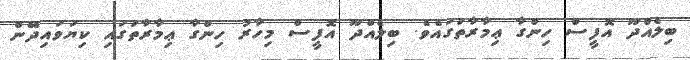
ބިލެއްދޫ އޮފީސް ހިންގާ ޢިމާރާތުގައެވެ. ބިލެއްދޫ އޮފީސް މިހާރު ހިންގާ ޢިމާރާތުގައި ކިޔަވައިދޭން